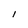
Character: I